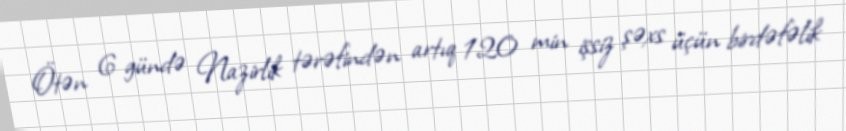
Ötən 6 gündə Nazirlik tərəfindən artıq 120 min işsiz şəxs üçün birdəfəlik